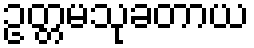
ဥတ္တမသုခတာယ